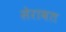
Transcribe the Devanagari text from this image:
सेरावत